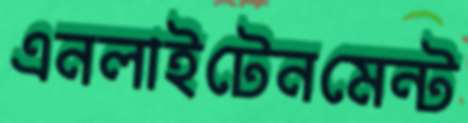
এনলাইটেনমেন্ট